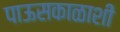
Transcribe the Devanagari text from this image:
पाऊसकाळाशी